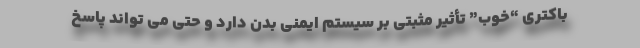
باکتری “خوب” تأثیر مثبتی بر سیستم ایمنی بدن دارد و حتی می تواند پاسخ